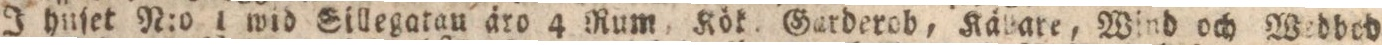
I huſet N:o 1 wid Sillegatau äro 4 Rum, Kök. Garderob, Kälare, Wind och Wedbod